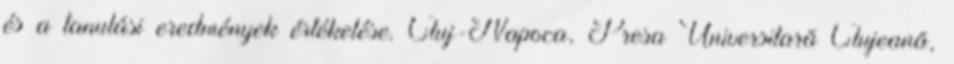
és a tanulási eredmények értékelése. Cluj-Napoca, Presa Universitară Clujeană,